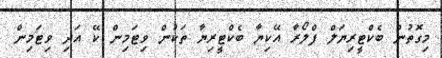
މިގޮތުން ބެކްޓީރިޔަލް ފްލޯރާ އޭކިޔާ ބެކްޓީރިޔާ ތަކުން ވިޓަމިން ކޭ އަދި ވިޓަމިން